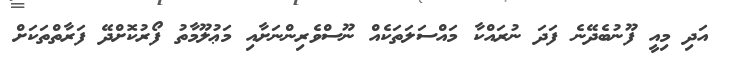
އަދި މިއީ ފޫނުބެދޭނެ ފަދަ ނުރައްކާ މައްސަލަތަކެއް ނޫސްވެރިންނަށާއި މަޢުލޫމާތު ފޯރުކޮށްދޭ ފަރާތްތަކަށް